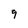
Character: q